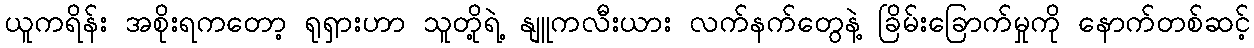
ယူကရိန်း အစိုးရကတော့ ရုရှားဟာ သူတို့ရဲ့ နျူကလီးယား လက်နက်တွေနဲ့ ခြိမ်းခြောက်မှုကို နောက်တစ်ဆင့်